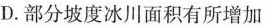
D.部分坡度冰川面积有所增加